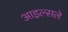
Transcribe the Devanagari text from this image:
आइल्सले